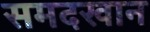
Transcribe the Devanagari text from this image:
समदखान